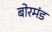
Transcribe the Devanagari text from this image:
बोरमंड